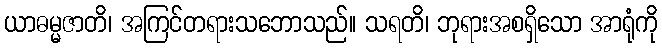
ယာဓမ္မဇာတိ၊ အကြင်တရားသဘောသည်။ သရတိ၊ ဘုရားအစရှိသော အာရုံကို